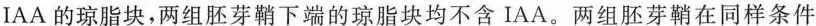
IAA的琼脂块，两组胚芽鞘下端的琼脂块均不含IAA。两组胚芽鞘在同样条件